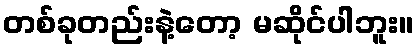
တစ်ခုတည်းနဲ့တော့ မဆိုင်ပါဘူး။